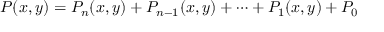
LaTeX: P ( x , y ) = P _ { n } ( x , y ) + P _ { n - 1 } ( x , y ) + \cdots + P _ { 1 } ( x , y ) + P _ { 0 }